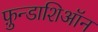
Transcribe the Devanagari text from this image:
फ़ुन्डाशिऑन